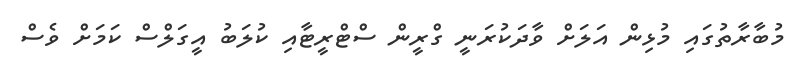
މުބާރާތުގައި މުޅިން އަލަށް ވާދަކުރަނީ ގްރީން ސްޓްރީޓާއި ކުލަބު އީގަލްސް ކަމަށް ވެސް